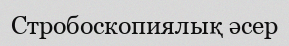
Стробоскопиялық әсер